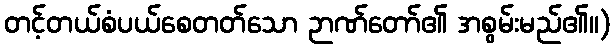
တင့်တယ်စံပယ်စေတတ်သော ဉာဏ်တော်၏ အစွမ်းမည်၏။)